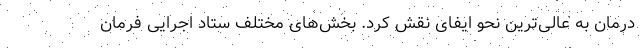
درمان به عالی‌ترین نحو ایفای نقش کرد. بخش‌های مختلف ستاد اجرایی فرمان